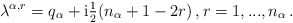
\begin{align*}\lambda^{\alpha,r} = q_\alpha + \mathrm{i} \tfrac{1}{2}(n_\alpha +1 - 2r)\,,r = 1,...,n_\alpha\,.\end{align*}